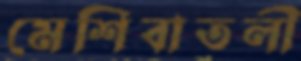
মেশিবাতলী